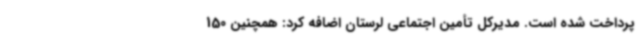
پرداخت شده است. مدیرکل تأمین اجتماعی لرستان اضافه کرد: همچنین 150